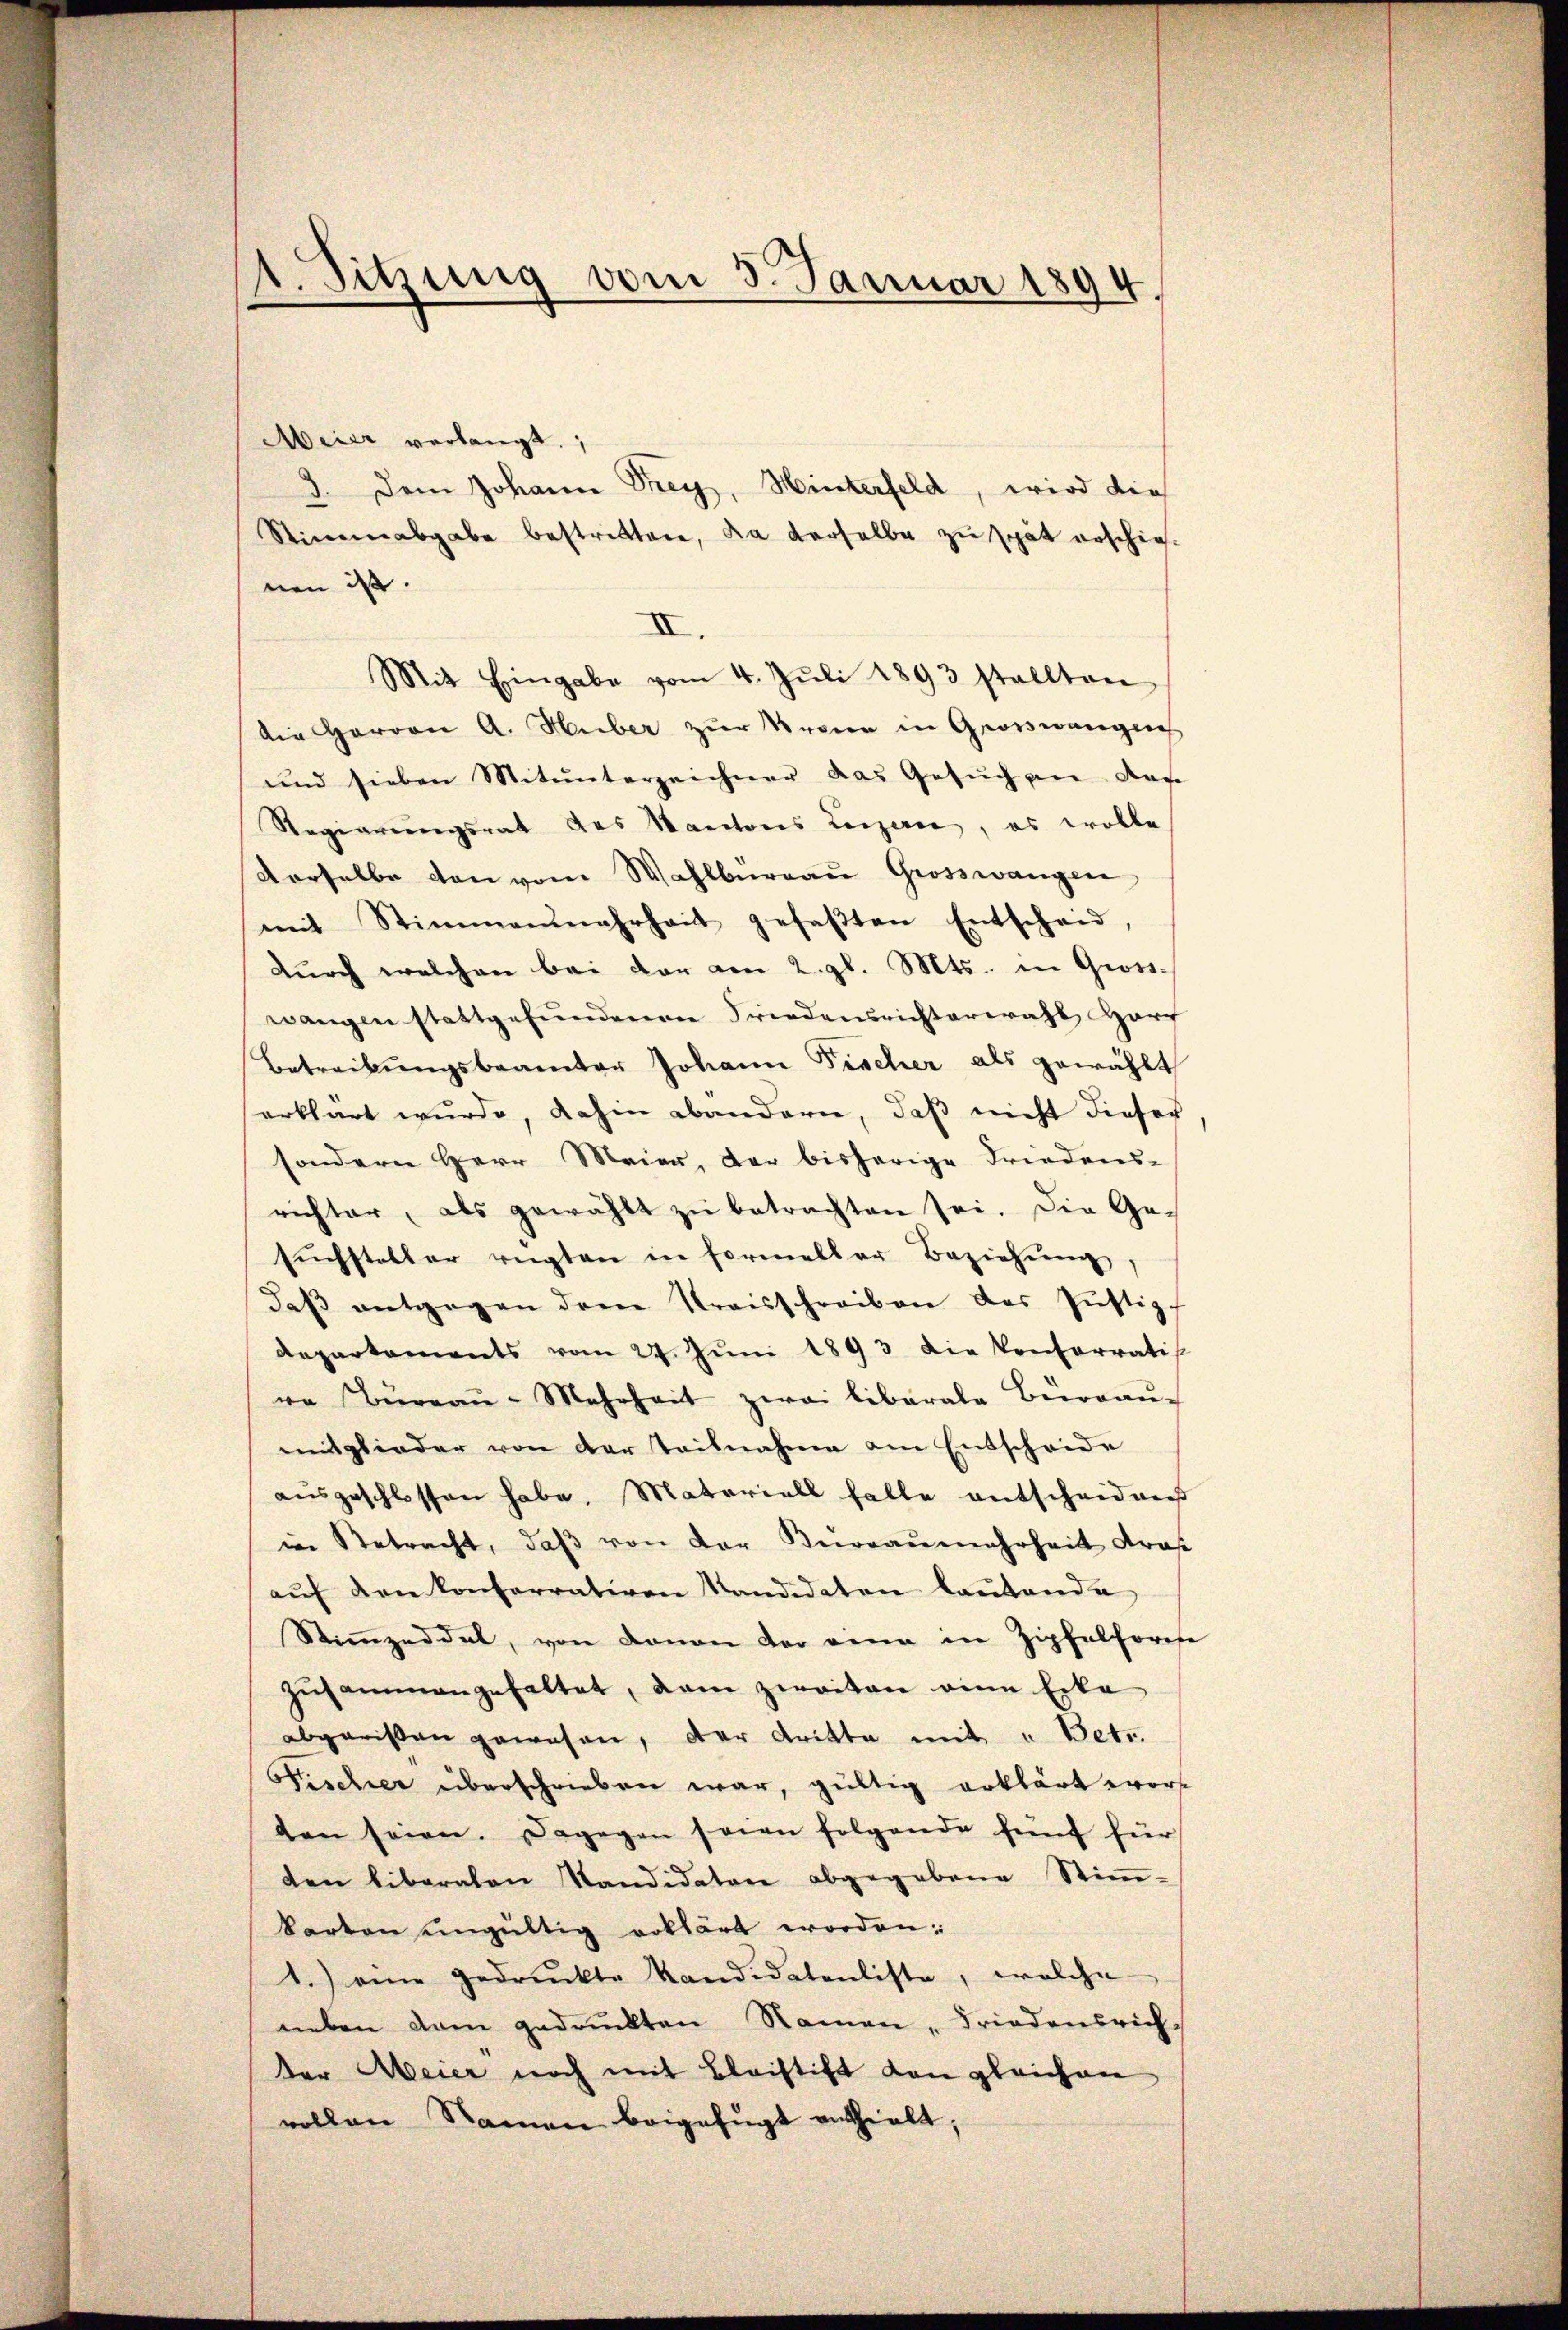
1. Sitzung vom 5. Januar 1894.

Meier verlangt.
3. Dem Johann Frey, Hinterfeld, wird dies
Stimmabgabe bestritten, da derselbe zu spät erschie-
nen ist.
II.
Mit Eingabe vom 4. Jŭli 1893 stellten
die Herrn A. Huber zur Kronen in Grosswänglich
und sieben Mitunterzeichner das Gesuch an das
Regierungsrat des Kantons Luzern, es wolle
derselbe von vom Wahlburgau Grosswangen
mit Stimmenmehrheit gefaβten Entscheid,
durch welchen bei der am 2. gl. Mts. in Grosswangen stattgefŭndenen Friedensrichterwahl Harf
Betreibungsbeamter Johann Fischer als gewählt
erklärt wurde, dahin abandern, daß nicht dieser
sondern Herr Meier, der bisherige Friedens-
richter, als gewählt zŭ betrachten sei. Die Ge-
sŭchsteller rügten in Formeller Beziehŭng,
daβ entgegen dem Kreisschreiben des Jŭstiz-
Repartements vom 27. Jŭni 1893 die Konferratis
re Büreaŭ-Mehrheit zwei liberale Beerbau-
mitglieder von der Teilnahme am Entscheide
aŭsgeschlossen habe. Materiell falle entscheidens
in Betracht, daβ von der Knonaŭmehrheit dras
aŭf den Konferrativen Kandidaten laŭtende
Stimmzeddel, von donan der eine in Zipfelforese
zŭsammangehaltet, dem zweiten eine Erka
abgeristen gewesen, der dritte mit u Betr.
Fischer überschrieben war, gültig erklärt wor
ten seien. Dagegen seien folgende fünf für
ten liberalen Kandidaten abgegebene Stiṁ-
karten ungültig erklärt worden:
1.) eine gedruckte Kandidatenliste, welche
neben dem gedruckten Namen, Friedensrichder Meier noch mit Bleistift den gleichen
vollen Namen beigefügt anthielt;